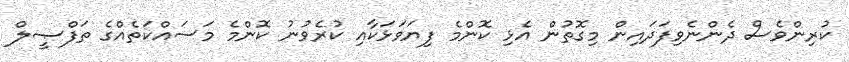
ކުރިންވެސް ދެންނެވިފަދައިން މިގޮތުން އެޅި ކޮންމެ ފިޔަވަޅަކާއި ކުރެވުނު ކޮންމެ މަސައްކަތެއްގެ ތަފްޞީލް